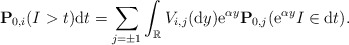
\begin{align*}\mathbf{P}_{0,i}(I>t){\rm d}t=\sum_{j=\pm1} \int_{\mathbb{R}} V_{i,j}({\rm d}y){\rm e}^{\alpha y}\mathbf{P}_{0,j}({\rm e}^{\alpha y}I \in {\rm d}t).\end{align*}